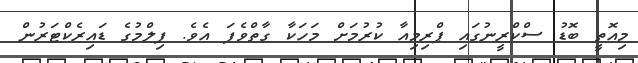
މިއޮތީ ބޮޑު ސްކްރީނުގައި ޕްރިމިއާ ކުރުމަށް މަހަކާ ގާތްވެފަ އެވެ. ފިލްމުގެ ޑައިރެކްޓަރުން